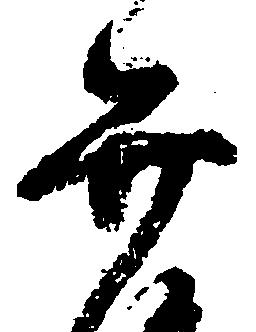
弁